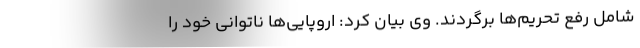
شامل رفع تحریم‌ها برگردند. وی بیان کرد: اروپایی‌ها ناتوانی خود را